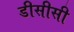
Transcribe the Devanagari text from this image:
डीसीसी